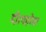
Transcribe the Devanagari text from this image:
दी।यहोवा